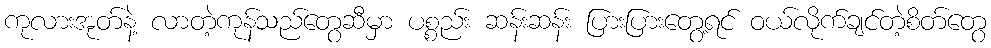
ကုလားအုတ်နဲ့ လာတဲ့ကုန်သည်တွေဆီမှာ ပစ္စည်း ဆန်းဆန်း ပြားပြားတွေ့ရင် ဝယ်လိုက်ချင်တဲ့စိတ်တွေ